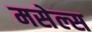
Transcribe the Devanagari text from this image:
मसेल्स